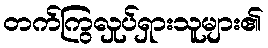
တက်ကြွလှုပ်ရှားသူများ၏